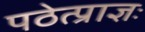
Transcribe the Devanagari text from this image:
पठेत्प्राज्ञः